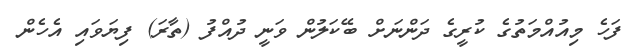
ފަހެ މިއުއްމަތުގެ ކުރީގެ ދަންނަށް ބޭކަލުން ވަނީ ދުއްފު (ތާރަ) ފިޔަވައި އެހެން